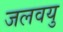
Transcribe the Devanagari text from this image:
जलवयु